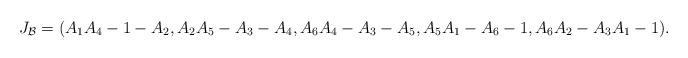
LaTeX: \begin{align*}J_{\mathcal B}=(A_1A_4-1-A_2,A_2A_5-A_3-A_4,A_6A_4-A_3-A_5,A_5A_1-A_6-1,A_6A_2-A_3A_1-1).\end{align*}